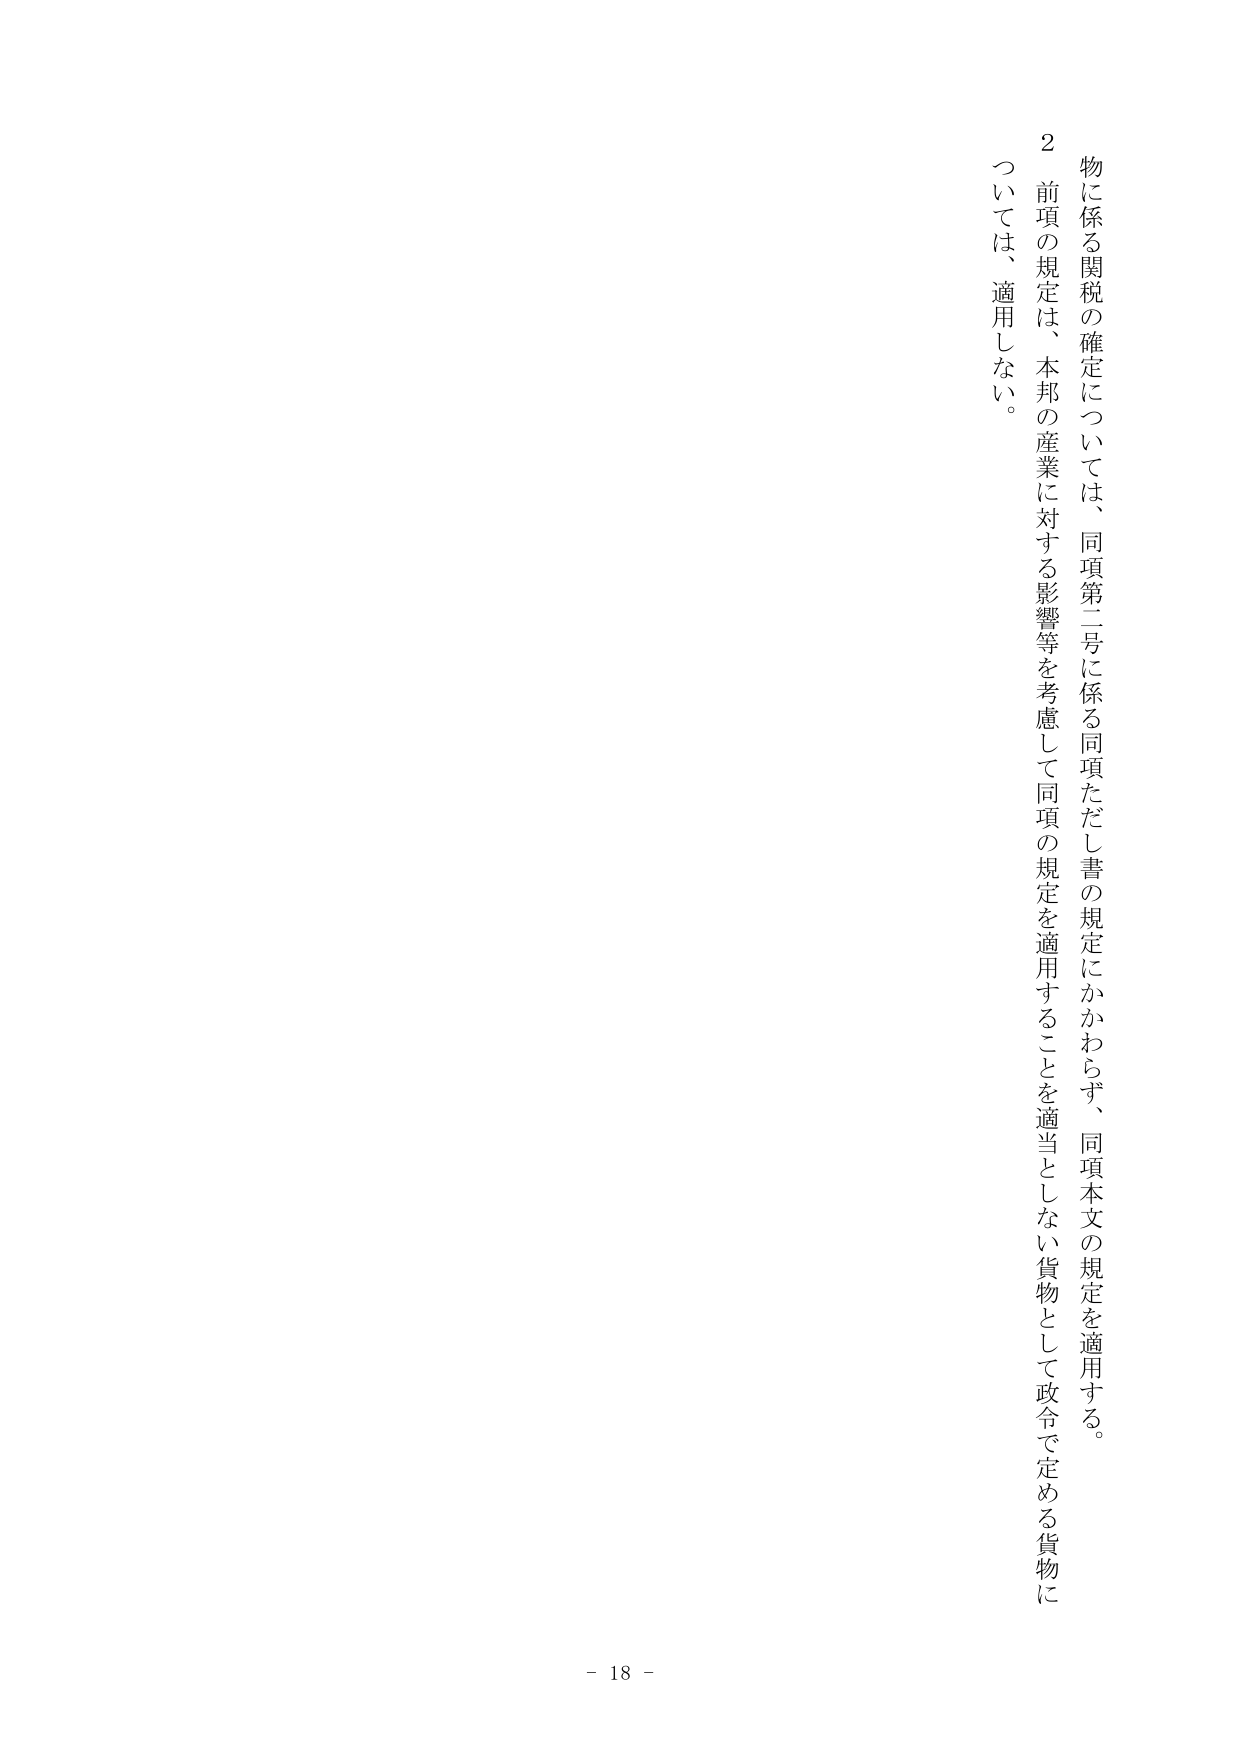
物に係る関税の確定については、同項第二号に係る同項ただし書の規定にかかわらず、同項本文の規定を適用する。

２　前項の規定は、本邦の産業に対する影響等を考慮して同項の規定を適用することを適当としない貨物として政令で定める貨物については、適用しない。

- 18 -